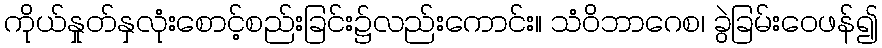
ကိုယ်နှုတ်နှလုံးစောင့်စည်းခြင်း၌လည်းကောင်း။ သံဝိဘာဂေစ၊ ခွဲခြမ်းဝေဖန်၍